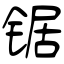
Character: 锯